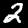
Digit: 2